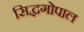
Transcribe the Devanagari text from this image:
सिद्धगोपाल